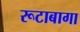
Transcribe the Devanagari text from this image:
रूटाबागा